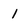
Character: 1